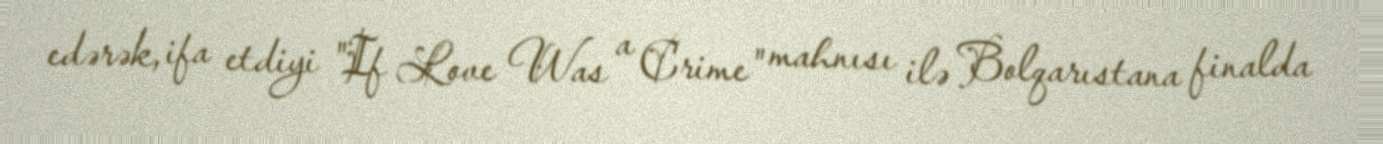
edərək, ifa etdiyi "If Love Was a Crime" mahnısı ilə Bolqarıstana finalda